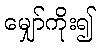
မျှော်ကိုး၍